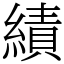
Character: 績